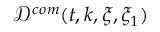
\mathcal { D } ^ { c o m } ( t , k , \xi , \xi _ { 1 } )